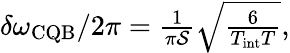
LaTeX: \begin{array}{r}{\delta\omega_{\mathrm{CQB}}/2\pi=\frac{1}{\pi\mathcal{S}}\sqrt{\frac{6}{T_{\mathrm{int}}T}},}\end{array}